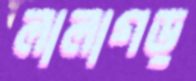
লালাগড়